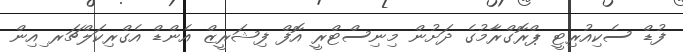
ފުޑް ސެކިއުރިޓީ ޕްރޮގްރާމުގެ ދަށުން މިނިސްޓްރީ އޮފް ފިޝަރީޒް އެންޑް އެގްރިކަލްޗަރ ިއިން